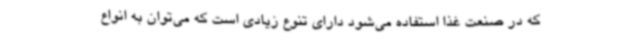
که در صنعت غذا استفاده می‌شود دارای تنوع زیادی است که می‌توان به انواع